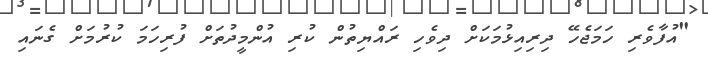
"އުފާވެރި ހަމަޖެހޭ ދިރިއިޅުމަކަށް ދިވެހި ރައްޔިތުން ކުރި އުންމީދުތަށް ފުރިހަމަ ކުރުމަށް ގެނައި